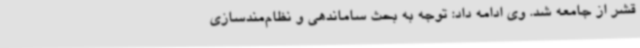
قشر از جامعه شد. وی ادامه داد: توجه به بحث ساماندهی و نظام‌مندسازی